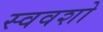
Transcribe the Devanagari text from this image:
स्ववशो